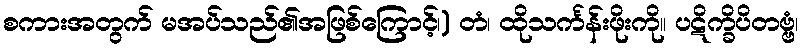
စကားအတွက် မအပ်သည်၏အဖြစ်ကြောင့်၊) တံ၊ ထိုသင်္ကန်းဖိုးကို။ ပဋိက္ခိပိတဗ္ဗံ၊